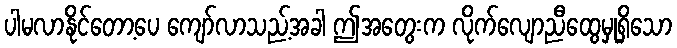
ပါမလာနိုင်တော့ပေ ကျော်လာသည့်အခါ ဤအတွေးက လိုက်လျောညီထွေမှုရှိသော